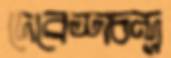
দেবেশচন্দ্র